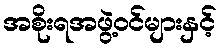
အစိုးရအဖွဲ့ဝင်များနှင့်